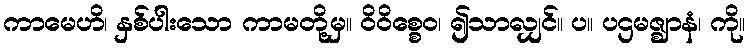
ကာမေဟိ၊ နှစ်ပါးသော ကာမတို့မှ။ ဝိဝိစ္စေဝ၊ ၍သာလျှင်။ ပ။ ပဌမဇ္ဈာနံ၊ ကို။